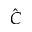
\hat { C }